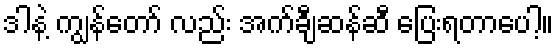
ဒါနဲ့ ကျွန်တော် လည်း အက်ချီဆန်ဆီ ပြေးရတာပေါ့။